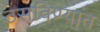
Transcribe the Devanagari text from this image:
ठसविण्यात